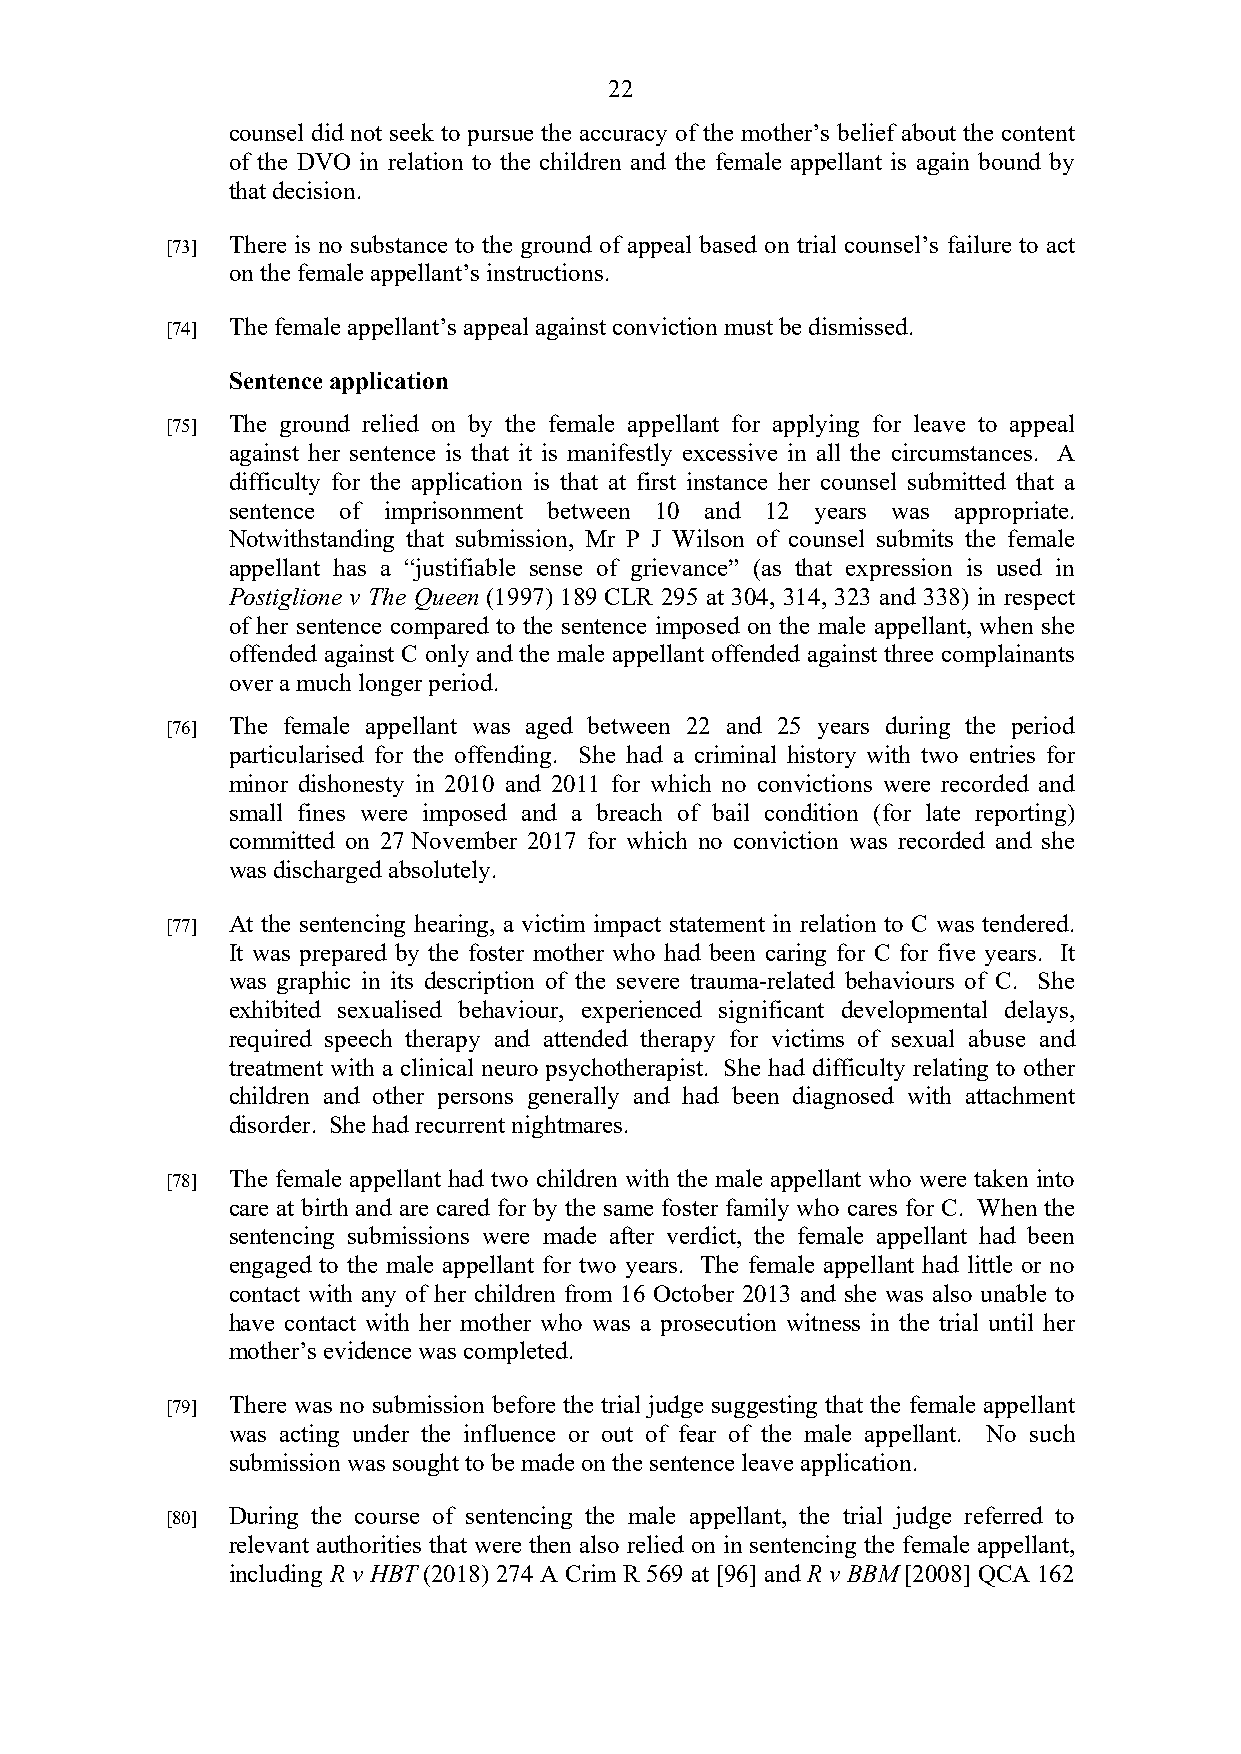
22
 counsel did not seek to pursue the accuracy of the mother’s belief about the content
 of the DVO in relation to the children and the female appellant is again bound by
 that decision.
 [73] There is no substance to the ground of appeal based on trial counsel’s failure to act
 on the female appellant’s instructions.
 [74] The female appellant’s appeal against conviction must be dismissed.
 Sentence application
 [75] The ground relied on by the female appellant for applying for leave to appeal
 against her sentence is that it is manifestly excessive in all the circumstances. A
 difficulty for the application is that at first instance her counsel submitted that a
 sentence of imprisonment between 10 and 12 years was appropriate.
 Notwithstanding that submission, Mr P J Wilson of counsel submits the female
 appellant has a “justifiable sense of grievance” (as that expression is used in
 Postiglione v The Queen (1997) 189 CLR 295 at 304, 314, 323 and 338) in respect
 of her sentence compared to the sentence imposed on the male appellant, when she
 offended against C only and the male appellant offended against three complainants
 over a much longer period.
 [76] The female appellant was aged between 22 and 25 years during the period
 particularised for the offending. She had a criminal history with two entries for
 minor dishonesty in 2010 and 2011 for which no convictions were recorded and
 small fines were imposed and a breach of bail condition (for late reporting)
 committed on 27 November 2017 for which no conviction was recorded and she
 was discharged absolutely.
 [77] At the sentencing hearing, a victim impact statement in relation to C was tendered.
 It was prepared by the foster mother who had been caring for C for five years. It
 was graphic in its description of the severe trauma-related behaviours of C. She
 exhibited sexualised behaviour, experienced significant developmental delays,
 required speech therapy and attended therapy for victims of sexual abuse and
 treatment with a clinical neuro psychotherapist. She had difficulty relating to other
 children and other persons generally and had been diagnosed with attachment
 disorder. She had recurrent nightmares.
 [78] The female appellant had two children with the male appellant who were taken into
 care at birth and are cared for by the same foster family who cares for C. When the
 sentencing submissions were made after verdict, the female appellant had been
 engaged to the male appellant for two years. The female appellant had little or no
 contact with any of her children from 16 October 2013 and she was also unable to
 have contact with her mother who was a prosecution witness in the trial until her
 mother’s evidence was completed.
 [79] There was no submission before the trial judge suggesting that the female appellant
 was acting under the influence or out of fear of the male appellant. No such
 submission was sought to be made on the sentence leave application.
 [80] During the course of sentencing the male appellant, the trial judge referred to
 relevant authorities that were then also relied on in sentencing the female appellant,
 including R v HBT (2018) 274 A Crim R 569 at [96] and R v BBM [2008] QCA 162